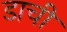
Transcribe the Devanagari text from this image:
डाची